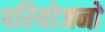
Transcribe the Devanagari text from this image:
परियोजनो